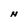
Character: N